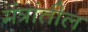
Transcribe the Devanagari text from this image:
मंत्रांतील